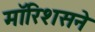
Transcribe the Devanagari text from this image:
मॉरिशसने